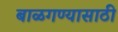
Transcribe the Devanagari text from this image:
बाळगण्यासाठी